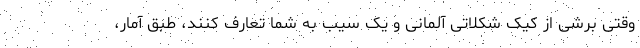
وقتی برشی از کیک شکلاتی آلمانی و یک سیب به شما تعارف کنند، طبق آمار،